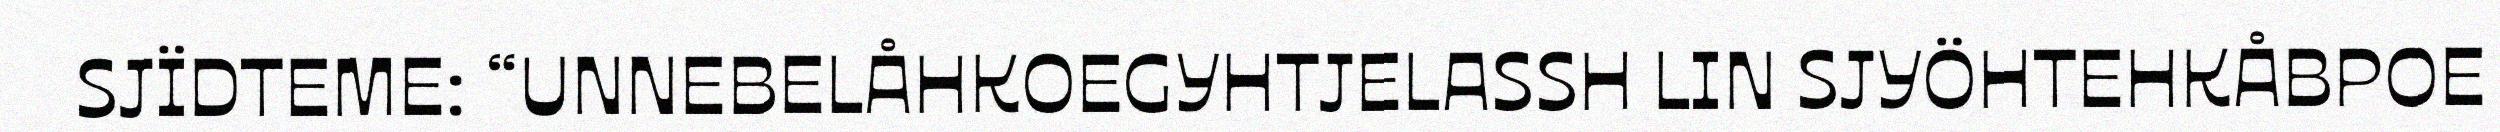
SJÏDTEME: “UNNEBELÅHKOEGYHTJELASSH LIN SJYÖHTEHKÅBPOE